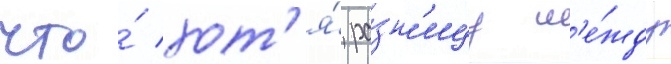
что́ хот'я́ ра́зн'ицу м'е́жду